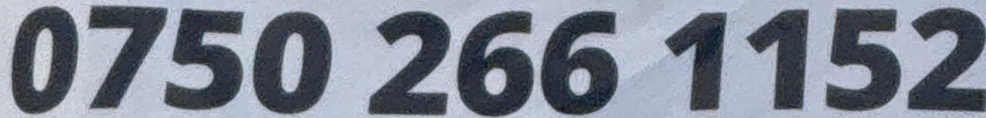
0750 266 1152